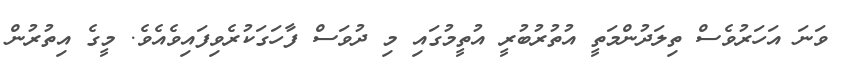
ވަނަ އަހަރުވެސް ތިލަދުންމަތީ އުތުރުބުރީ އުތީމުގައި މި ދުވަސް ފާހަގަކުރެވިފައިވެއެވެ. މީގެ އިތުރުން